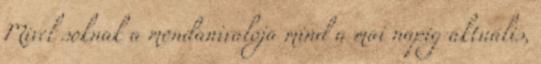
Mivel soknak a mondanivalója mind a mai napig aktuális,